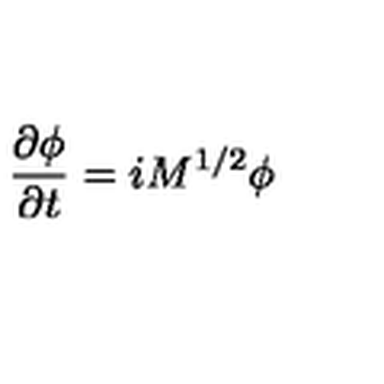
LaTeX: \frac { \partial \phi } { \partial t } = i M ^ { 1 / 2 } \phi